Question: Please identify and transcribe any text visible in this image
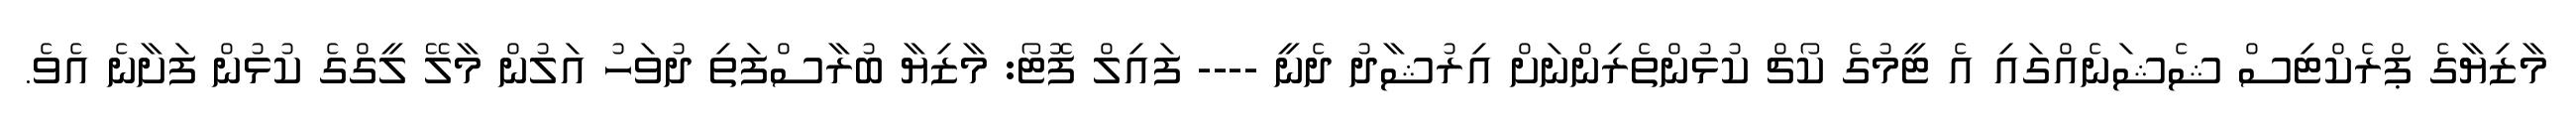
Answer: މާޒިޔާގެ ޕްރެކްޓިސް ޝެޝަނެއްގައި އެ ޓީމުގެ ކޯޗް ކުޅުންތެރިންނަށް އިރުޝާދު ދެނީ ---- ފައިލް ފޮޓޯ: މާޒިޔާ ބުރާސްފަތި ދުވަހު އަލުން މާލޭ ލީގްގެ ކުޅުން ފަށާނެ އެވެ.